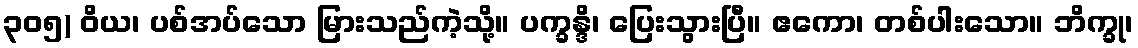
၃၀၅) ဝိယ၊ ပစ်အပ်သော မြားသည်ကဲ့သို့။ ပက္ခန္ဒိ၊ ပြေးသွားပြီ။ ဧကော၊ တစ်ပါးသော။ ဘိက္ခု၊